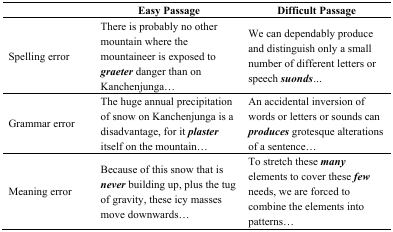
<table><thead><tr><td></td><td><b>Easy Passage</b></td><td><b>Difficult Passage</b></td></tr></thead><tbody><tr><td>Spelling error</td><td>There is probably no other mountain where the mountaineer is exposed to <b><i>graeter</i></b> danger than on Kanchenjunga...</td><td>We can dependably produce and distinguish only a small number of different letters or speech <b><i>suonds</i></b><i>...</i></td></tr><tr><td>Grammar error</td><td>The huge annual precipitation of snow on Kanchenjunga is a disadvantage, for it <b><i>plaster</i></b> itself on the mountain...</td><td>An accidental inversion of words or letters or sounds can <b><i>produces</i></b> grotesque alterations of a sentence...</td></tr><tr><td>Meaning error</td><td>Because of this snow that is <b><i>never</i></b> building up, plus the tug of gravity, these icy masses move downwards...</td><td>To stretch these <b><i>many</i></b> elements to cover these <b><i>few</i></b> needs, we are forced to combine the elements into patterns...</td></tr></tbody></table>